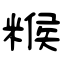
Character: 糇